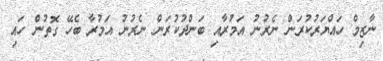
ނާޒިމް ހައްޔަރުކުރަން ނެރުނު އަމުރާއި ބަންދުކުރަން ނެރުނު އަމުރާ ބެހޭ ގޮތުން ހައި